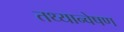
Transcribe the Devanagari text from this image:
तथ्यान्वेषण